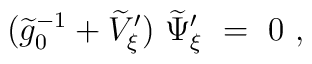
(\widetilde g_0^{-1}+\widetilde V_{\xi}')\ \widetilde \Psi_{\xi}'\ =\ 0\ ,